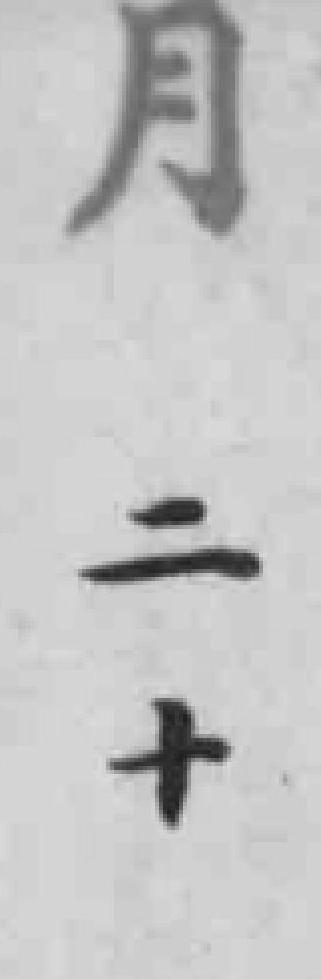
月二十